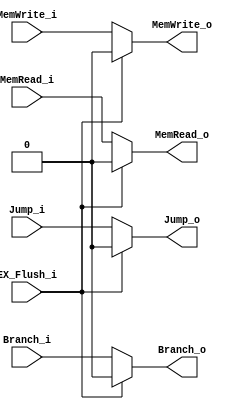
module MUX_EX_Flush_MEM(
EX_Flush_i,
Branch_i,
Jump_i,
MemRead_i,
MemWrite_i,
Branch_o,
Jump_o,
MemRead_o,
MemWrite_o
);

input EX_Flush_i;
input Branch_i;
input Jump_i;
input MemRead_i;
input MemWrite_i;

output reg Branch_o;
output reg Jump_o;
output reg MemRead_o;
output reg MemWrite_o;

always @(*) begin
if(EX_Flush_i == 0) begin
	Branch_o = Branch_i;
	Jump_o = Jump_i;
	MemRead_o = MemRead_i;
	MemWrite_o = MemWrite_i;
end
else begin
	Branch_o = 0;
	Jump_o = 0;
	MemRead_o = 0;
	MemWrite_o = 0;
end
end

endmodule